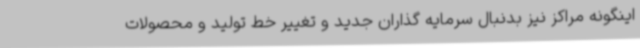
اینگونه مراکز نیز بدنبال سرمایه گذاران جدید و تغییر خط تولید و محصولات